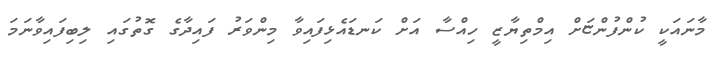
މާނައަކީ ކުންފުންޏަށް އިމްތިޔާޒީ ހިއްސާ އަށް ކަނޑައެޅިފައިވާ މިންވަރު ފައިދާގެ ގޮތުގައި ލިބިފައިވާނަމަ